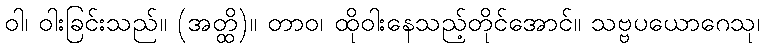
ဝါ၊ ဝါးခြင်းသည်။ (အတ္ထိ)။ တာဝ၊ ထိုဝါးနေသည့်တိုင်အောင်။ သဗ္ဗပယောဂေသု၊